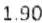
1.90